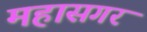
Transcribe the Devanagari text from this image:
महासगर